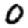
Digit: 0